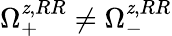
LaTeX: \Omega_{+}^{\mathit{z},RR}\neq\Omega_{-}^{\mathit{z},RR}